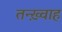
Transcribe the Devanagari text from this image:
तन्ख़्वाह